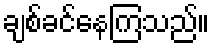
ချစ်ခင်နေကြသည်။